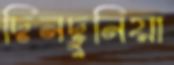
দিনদুনিয়া